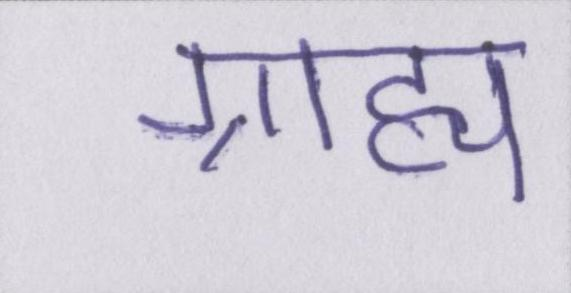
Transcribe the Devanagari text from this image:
ग्राह्य